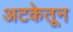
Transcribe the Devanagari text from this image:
अटकेतून